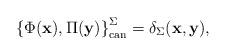
LaTeX: \begin{align*} \left\{ \Phi(\mathbf{x}), \Pi(\mathbf{y}) \right\}^\Sigma_{\mathrm{can}} = \delta_\Sigma(\mathbf{x}, \mathbf{y}),\end{align*}